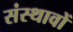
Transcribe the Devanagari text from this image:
संस्थावों